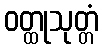
ဝတ္ထုသုတ္တံ